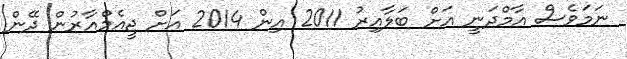
ނަމަވެސް އާމްދަނީ އަށް ބަލާއިރު 2011 އިން 2014 އަށް ޖީއެމްއާރުން ދޭން